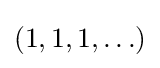
(1,1,1,\ldots )